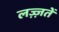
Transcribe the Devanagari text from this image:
लज़्ज़तें